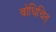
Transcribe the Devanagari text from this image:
बोधिचित्